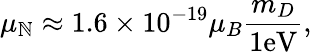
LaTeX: \mu_{\mathbb{N}}\approx1.6\times10^{-19}\mu_{B}\frac{{m_{D}}}{{1\mathrm{{eV}}}},